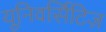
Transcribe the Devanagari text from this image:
यूनिवर्सिटिज़